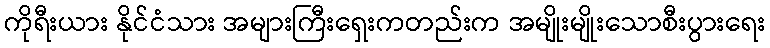
ကိုရီးယား နိုင်ငံသား အများကြီးရှေးကတည်းက အမျိုးမျိုးသောစီးပွားရေး